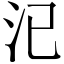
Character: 𣲆